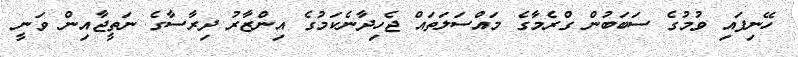
ހޭނިފައި ވުމުގެ ސަބަބުން ގްރެމާގެ މައްސަލަތައް ޖެހިދާނެކަމުގެ އިންޒާރު ދިރާސާގެ ނަތީޖާއިން ވަނީ